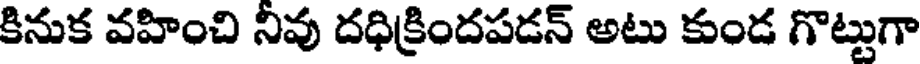
కినుక వహించి నివు దధిక్రిందపడన్ అటు కుండ గొట్టుగా